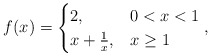
\begin{align*} f(x)=\begin{cases} 2, & 0<x<1 \\ x+\frac{1}{x}, & x \geq 1 \end{cases},\end{align*}